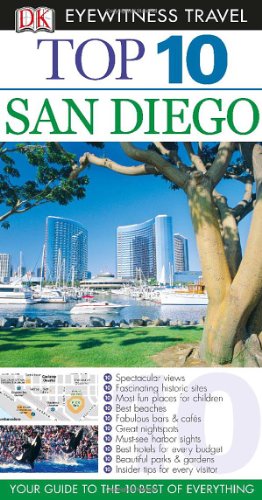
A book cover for Top 10 San Diego (Eyewitness Top 10 Travel Guide); Pamela Barrus; Travel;